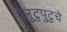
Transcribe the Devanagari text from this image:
लुटुपुटुचे